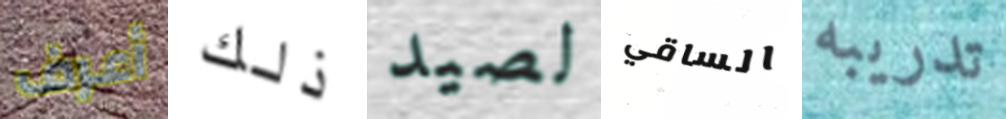
أعرف ذلك لصيد الساقي تدريبه